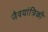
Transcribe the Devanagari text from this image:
जैवयांत्रिकी